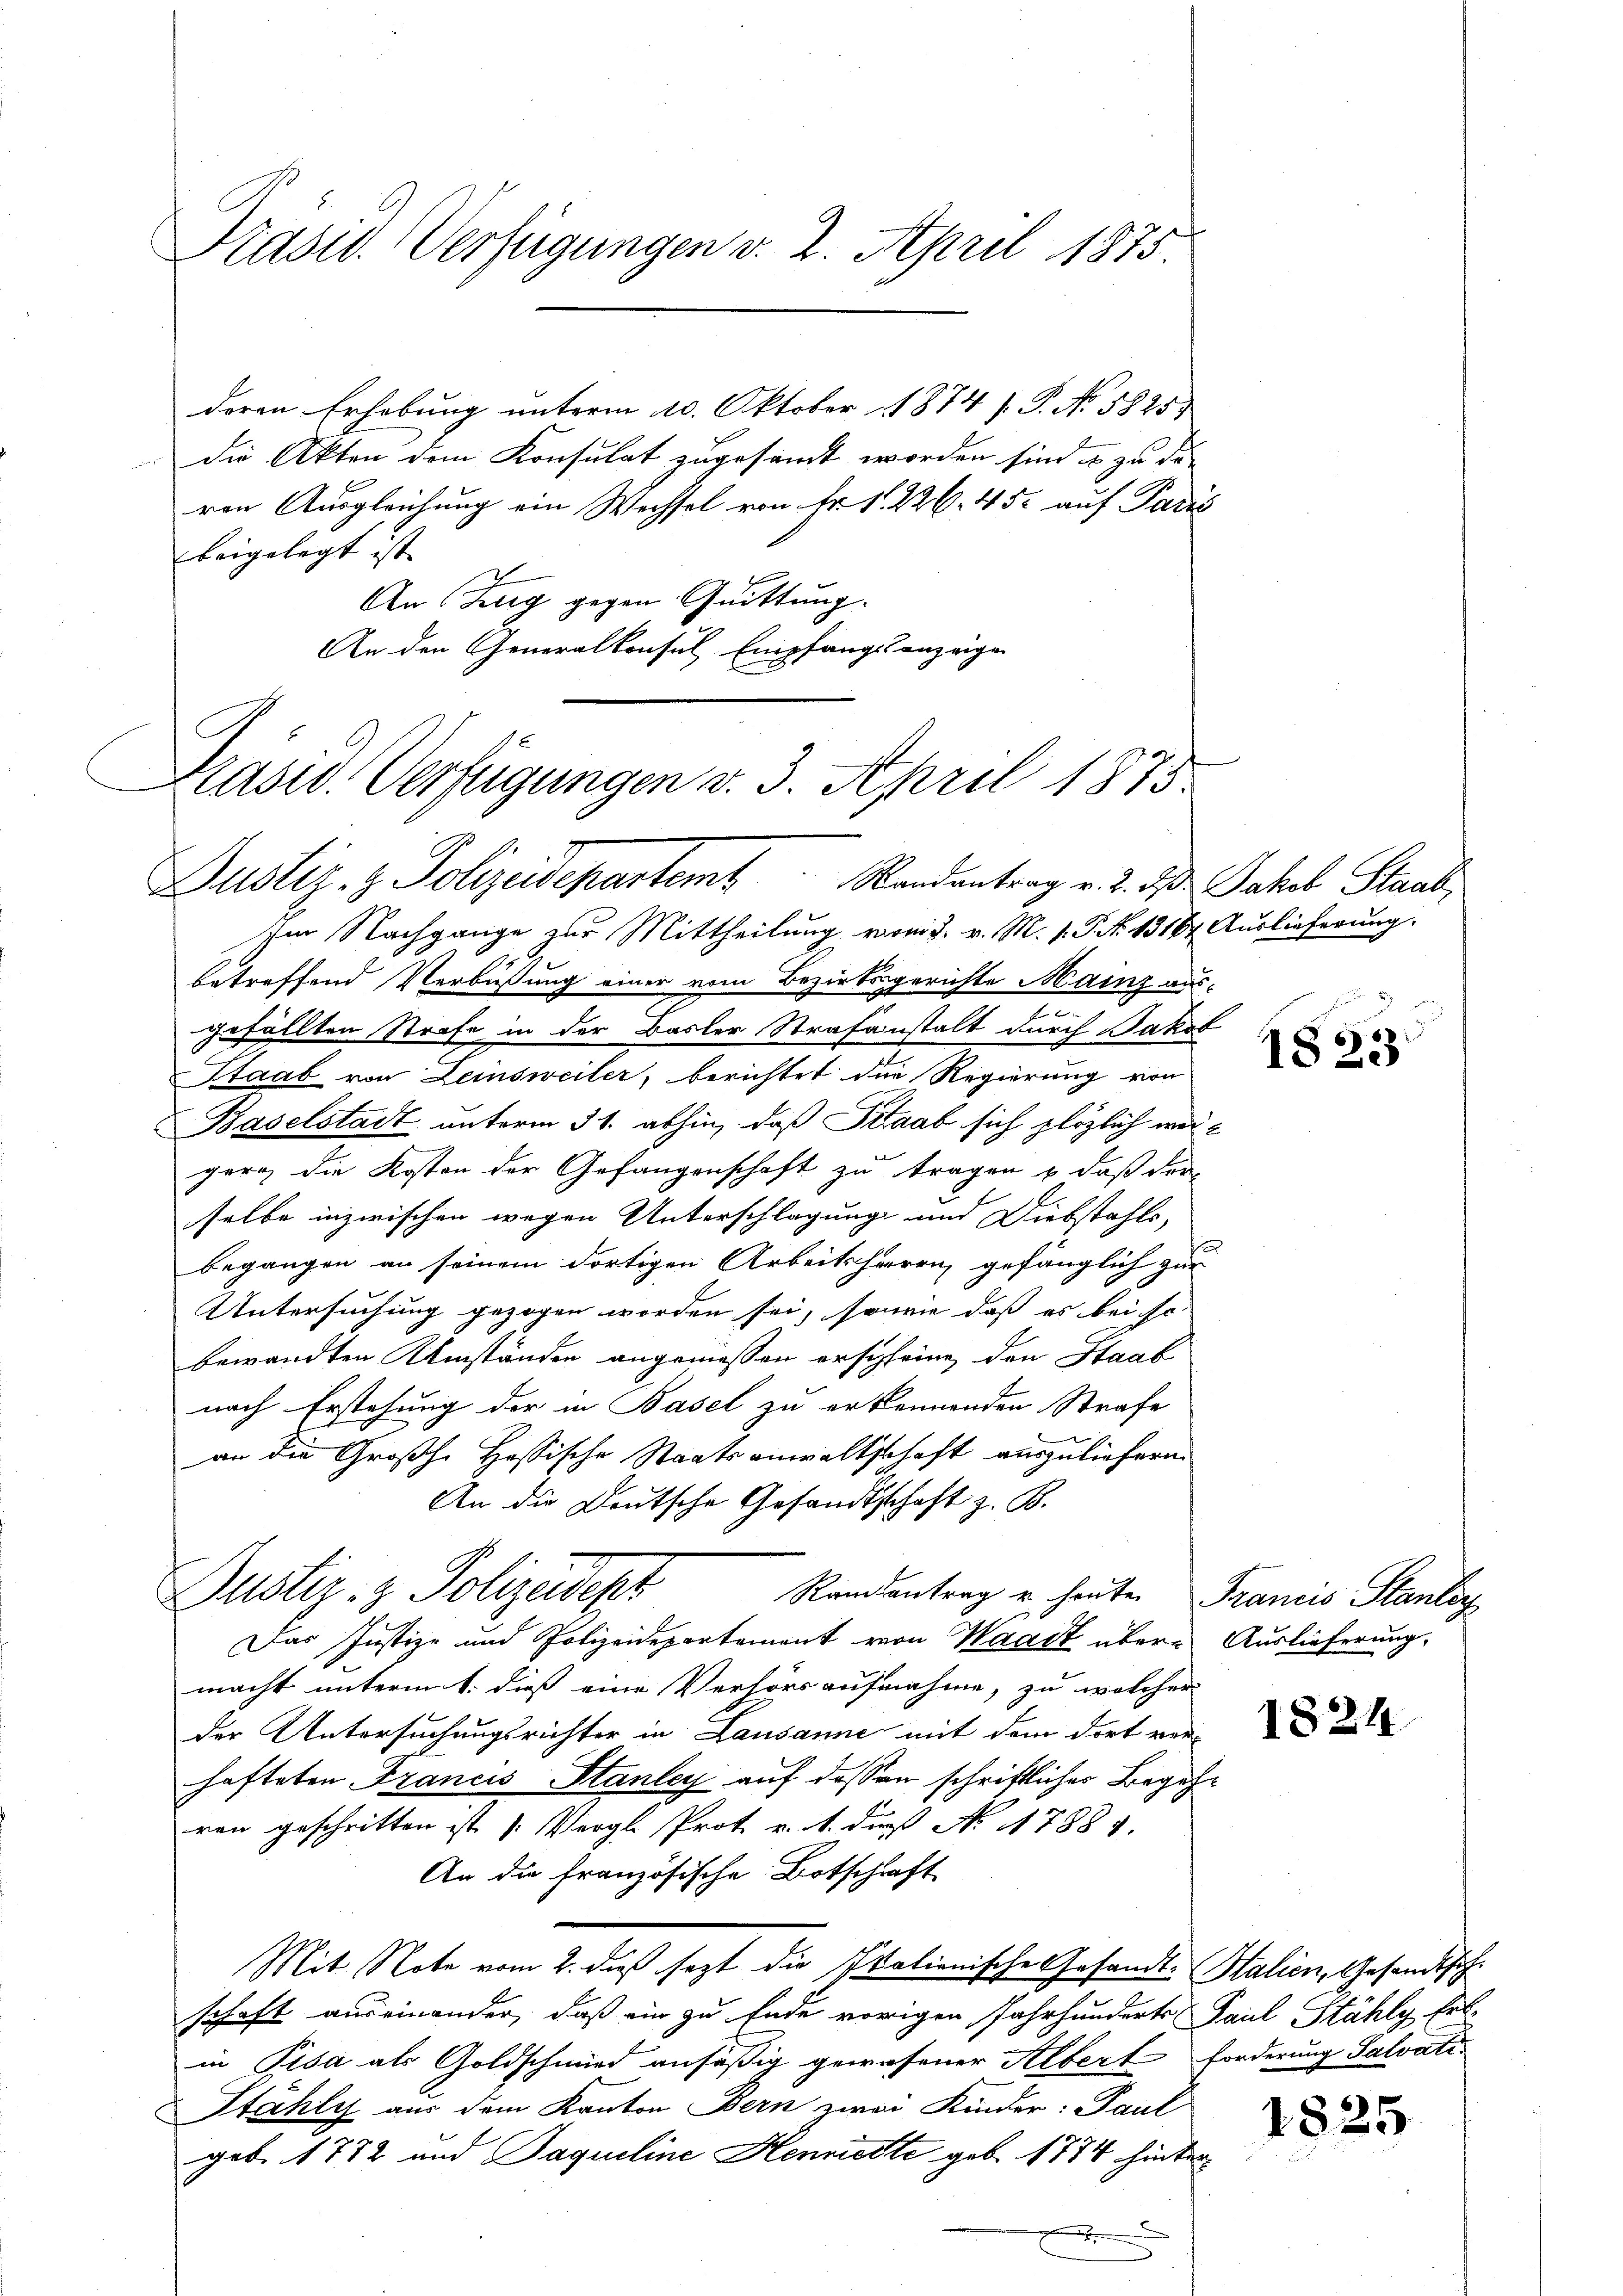
Präsid. Verfügungen v. 2. April 1875.

deren Erhebung unterm 10. Oktober 1874 /. P. No. 5825
die Akten dem Konsulat zugesandt worden sind es zu die
von Ausgleichung ein Wechsel von Fr. 11. 226. 45. auf Paris
beigelegt ist. |
An Zug gegen Quittung.
An den Generalkonsul Empfangsanzeigen

Präsid. Verfügungen v. 3. April 1873.

Justiz- & Polizeidepartem Randantrag v. 2. ds. Jakob Staat
Im Nachgange zur Mittheilung vom 3. v. M. v. P. Nr. 1318 Auslieferung.
betreffend Verbüßung einer vom Bezirksgerichte Mainz aus¬
2
gefällten Strafe in der Basler Strafanstalt durch Jakob
Staab von Leinsweiler, berichtet die Regierung von
Baselstadt unterm 31. abhin, daß Straab sich plötzlich wergern die Kosten der Gefangenschaft zu tragen & daß dra-
selbe inzwischen wegen Unterschlagung und Diebstahls,
begangen an seinem dortigen Arbeitsherrn gefänglich zur
Untersuchung gezogen worden sei, sowie daß es bei sc
bewandten Umständen angemessen erschfeine, den Staab
nach Erstehung der in Basel zu erkennenden Strafe
an die Großh. Hessische Staatsanwaltschaft auszuliefern.
An die Deutsche Gesandtschaft z. B.
Justiz- & Polizeidept
Randantrag u. heute Francis Stanleg
Das Justiz- und Polizeidepartement von Waadt übere Auslieferung.
macht unterm 1. dieß eine Verhörs aufnahme, zu welcher
der Untersuchungsrichter in Lausanne mit dem dort ver-
hafteten Francis Stanley auf dessen schriftlicher Begehren geschritten ist (Vergl. Prot v. 1. du No 17881.
An die französische Botschaft
Mit Note vom 2. daß sezt die Italionische Gesandt-Italien, Gesandt sichschaft auseinander, daß ein zu Ende vorigen Jahrhunderts Paul Stähly Ert
in Pisa als Goldschmied ansäßig gewesener Albert forderung Salvati-
Stähly aus dem Kanton Bern zwai Kinder: Paul
geb. 1772 und Jaqueline Henrieste geb. 1774 hinter
.

1823

1824

1825